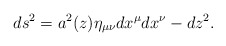
\begin{align*}ds^2=a^2(z)\eta_{\mu\nu}dx^{\mu}dx^{\nu}-dz^2.\end{align*}